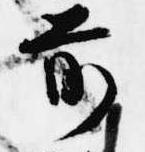
前